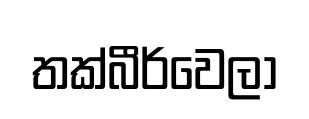
තක්බීර්වෙලා